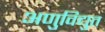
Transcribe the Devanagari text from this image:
अणुविद्युत